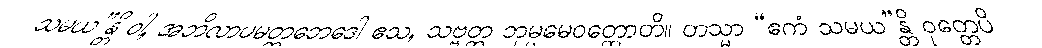
သမယ”န္တိ ဝါ, အဘိလာပမတ္တဘေဒေါ ဧသ, သဗ္ဗတ္ထ ဘုမ္မမေဝတ္ထောတိ။ တသ္မာ “ဧကံ သမယ”န္တိ ဝုတ္တေပိ